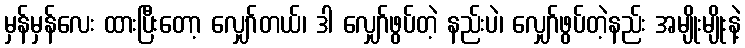
မှန်မှန်လေး ထားပြီးတော့ လျှော်တယ်၊ ဒါ လျှော်ဖွပ်တဲ့ နည်းပဲ၊ လျှော်ဖွပ်တဲ့နည်း အမျိုးမျိုးနဲ့